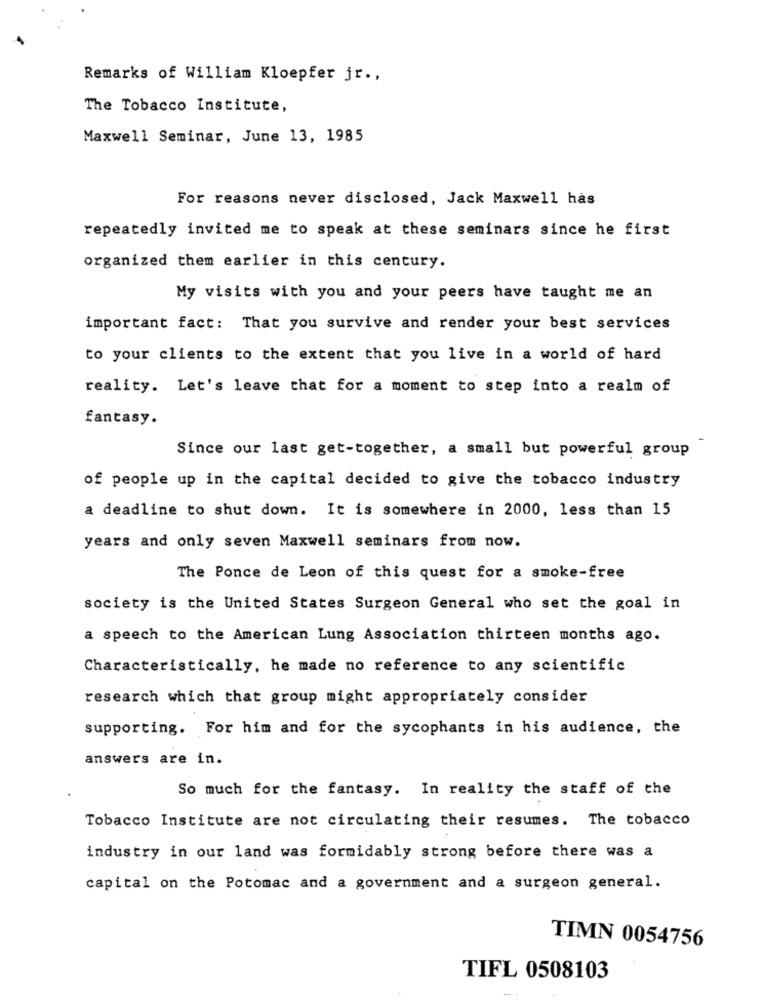
Remarks of William Kloepfer jr .,
The Tobacco Institute,
Maxwell Seminar, June 13, 1985
For reasons never disclosed, Jack Maxwell has
repeatedly invited me to speak at these seminars since he first
organized them earlier in this century.
My visits with you and your peers have taught me an
important fact: That you survive and render your best services
to your clients to the extent that you live in a world of hard
reality. Let's leave that for a moment to step into a realm of
fantasy.
Since our last get-together, a small but powerful group
of people up in the capital decided to give the tobacco industry
a deadline to shut down. It is somewhere in 2000, less than 15
years and only seven Maxwell seminars from now.
The Ponce de Leon of this quest for a smoke-free
society is the United States Surgeon General who set the goal in
a speech to the American Lung Association thirteen months ago.
Characteristically, he made no reference to any scientific
research which that group might appropriately consider
supporting. For him and for the sycophants in his audience, the
answers are in.
So much for the fantasy. In reality the staff of the
Tobacco Institute are not circulating their resumes. The tobacco
industry in our land was formidably strong before there was a
capital on the Potomac and a government and a surgeon general.
TIMN 0054756
TIFL 0508103